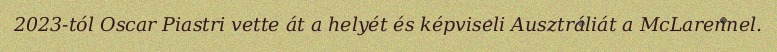
2023-tól Oscar Piastri vette át a helyét és képviseli Ausztráliát a McLarennel.